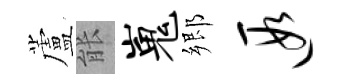
蘆䏻嵬郷遐